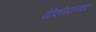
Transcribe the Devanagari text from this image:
पेंटेकोस्टलवाद